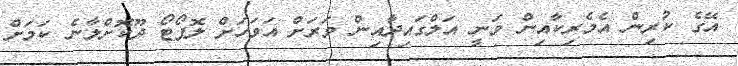
އޭގެ ކުރިން އެމެރިކާއިން ވަނީ އަލްގައިދާއިން ވަރަށް އަވަހަށް ލޮޕޯޓޯ ދޫކޮށްލާނެ ކަމަށް